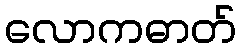
လောကဓာတ်